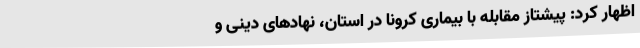
اظهار کرد: پیشتاز مقابله با بیماری کرونا در استان، نهادهای دینی و